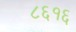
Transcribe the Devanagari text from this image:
८६१६